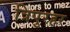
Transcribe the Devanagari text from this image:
त्रिपुरहर